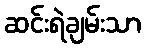
ဆင်းရဲချမ်းသာ